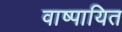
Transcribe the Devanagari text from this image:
वाष्पायित